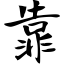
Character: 靠